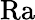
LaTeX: \textrm{Ra}